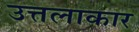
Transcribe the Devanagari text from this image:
उत्तलाकार